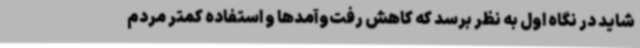
شاید در نگاه اول به نظر برسد که کاهش رفت‌وآمدها و استفاده کمتر مردم